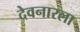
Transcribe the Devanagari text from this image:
देवनारला